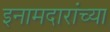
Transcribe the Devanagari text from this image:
इनामदारांच्या